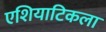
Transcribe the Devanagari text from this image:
एशियाटिकला